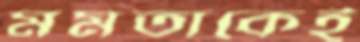
মমতাকেই